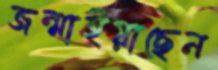
জন্মাইয়াছেন